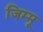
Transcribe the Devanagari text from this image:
जिम्मू